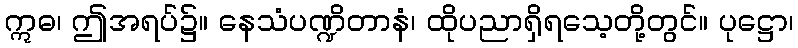
ဣဓ၊ ဤအရပ်၌။ နေသံပဏ္ဍိတာနံ၊ ထိုပညာရှိရသေ့တို့တွင်။ ပုဋ္ဌော၊